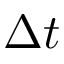
\Delta t